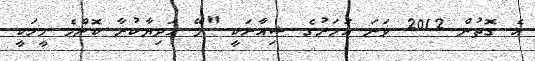
އެ ގޮތުން 2012 ވަނަ އަހަރުގެ ޝިއާރަކީ "ލޭ ހަދިޔާކުރާ ކޮންމެ މީހަކީ